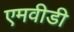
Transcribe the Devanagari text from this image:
एमवीडी